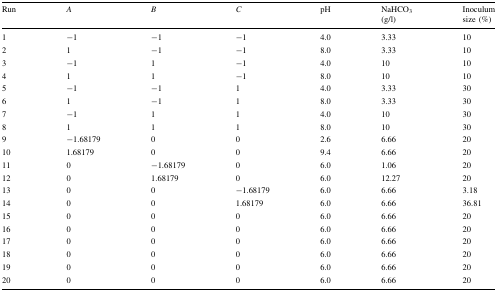
<table><thead><tr><td><b>Run</b></td><td><b><i>A</i></b></td><td><b><i>B</i></b></td><td><b><i>C</i></b></td><td><b>pH</b></td><td><b>NaHCO<sub>3</sub> (g/l)</b></td><td><b>Inoculum size (%)</b></td></tr></thead><tbody><tr><td>1</td><td>−1</td><td>−1</td><td>−1</td><td>4.0</td><td>3.33</td><td>10</td></tr><tr><td>2</td><td>1</td><td>−1</td><td>−1</td><td>8.0</td><td>3.33</td><td>10</td></tr><tr><td>3</td><td>−1</td><td>1</td><td>−1</td><td>4.0</td><td>10</td><td>10</td></tr><tr><td>4</td><td>1</td><td>1</td><td>−1</td><td>8.0</td><td>10</td><td>10</td></tr><tr><td>5</td><td>−1</td><td>−1</td><td>1</td><td>4.0</td><td>3.33</td><td>30</td></tr><tr><td>6</td><td>1</td><td>−1</td><td>1</td><td>8.0</td><td>3.33</td><td>30</td></tr><tr><td>7</td><td>−1</td><td>1</td><td>1</td><td>4.0</td><td>10</td><td>30</td></tr><tr><td>8</td><td>1</td><td>1</td><td>1</td><td>8.0</td><td>10</td><td>30</td></tr><tr><td>9</td><td>−1.68179</td><td>0</td><td>0</td><td>2.6</td><td>6.66</td><td>20</td></tr><tr><td>10</td><td>1.68179</td><td>0</td><td>0</td><td>9.4</td><td>6.66</td><td>20</td></tr><tr><td>11</td><td>0</td><td>−1.68179</td><td>0</td><td>6.0</td><td>1.06</td><td>20</td></tr><tr><td>12</td><td>0</td><td>1.68179</td><td>0</td><td>6.0</td><td>12.27</td><td>20</td></tr><tr><td>13</td><td>0</td><td>0</td><td>−1.68179</td><td>6.0</td><td>6.66</td><td>3.18</td></tr><tr><td>14</td><td>0</td><td>0</td><td>1.68179</td><td>6.0</td><td>6.66</td><td>36.81</td></tr><tr><td>15</td><td>0</td><td>0</td><td>0</td><td>6.0</td><td>6.66</td><td>20</td></tr><tr><td>16</td><td>0</td><td>0</td><td>0</td><td>6.0</td><td>6.66</td><td>20</td></tr><tr><td>17</td><td>0</td><td>0</td><td>0</td><td>6.0</td><td>6.66</td><td>20</td></tr><tr><td>18</td><td>0</td><td>0</td><td>0</td><td>6.0</td><td>6.66</td><td>20</td></tr><tr><td>19</td><td>0</td><td>0</td><td>0</td><td>6.0</td><td>6.66</td><td>20</td></tr><tr><td>20</td><td>0</td><td>0</td><td>0</td><td>6.0</td><td>6.66</td><td>20</td></tr></tbody></table>